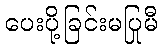
ပေးပို့ခြင်းမပြုမီ